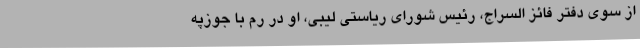
از سوی دفتر فائز السراج، رئیس شورای ریاستی لیبی، او در رم با جوزپه